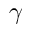
\gamma